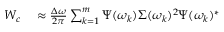
\begin{array} { r l } { \b { W _ { c } } } & { { } \approx \frac { \Delta \omega } { 2 \pi } \sum _ { k = 1 } ^ { m } \b { \Psi } ( \omega _ { k } ) \b { \Sigma } ( \omega _ { k } ) ^ { 2 } \b { \Psi } ( \omega _ { k } ) ^ { * } } \end{array}